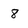
Character: 8